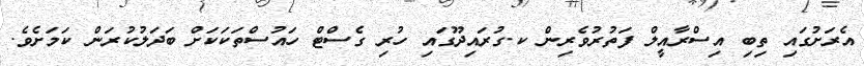
އެރަށުގައި ތިބި އިސްރާއީލް ފަތުރުވެރިން ކ.ގުރައިދޫގައި ހުރި ގެސްޓް ހައުސްތަކަކަށް ބަދަލުކުރަން ކަމަށެވެ.